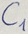
Text: C1